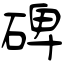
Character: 碑